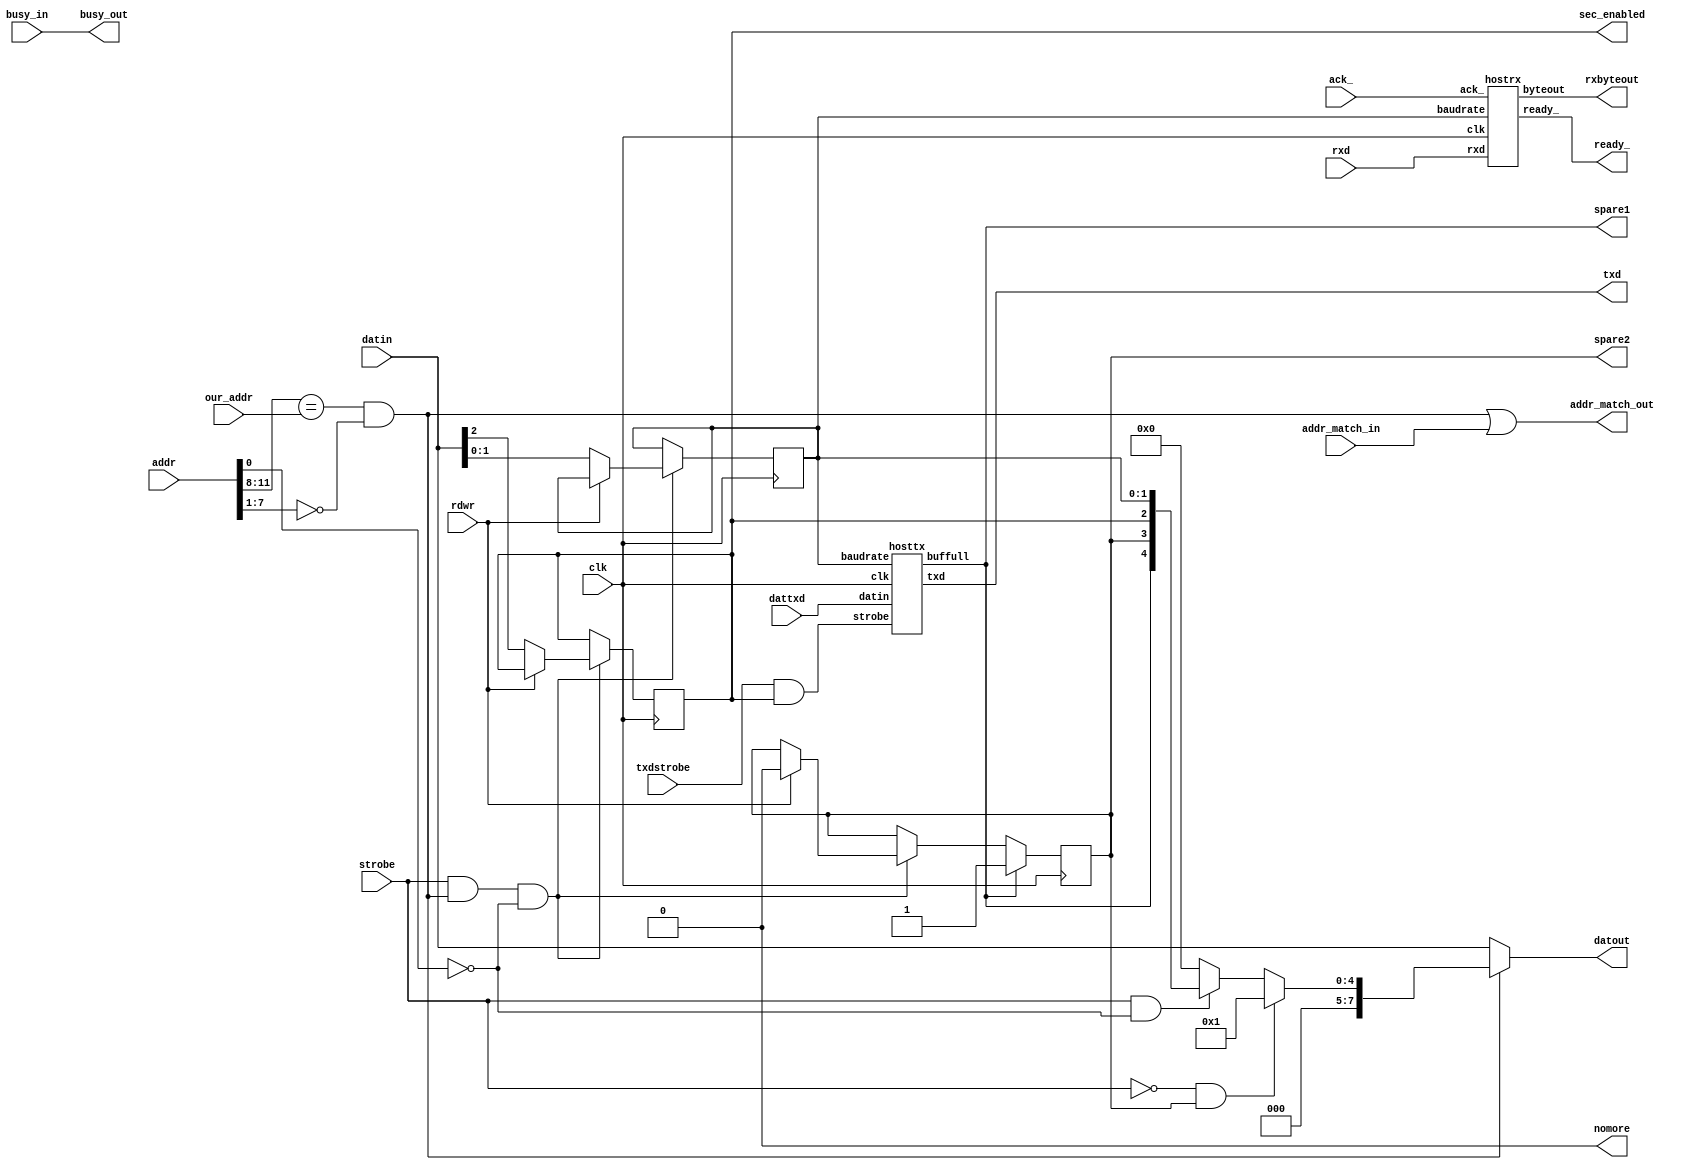
// *********************************************************
// Copyright (c) 2021 Demand Peripherals, Inc.
//
// This file is licensed separately for private and commercial
// use.  See LICENSE.txt which should have accompanied this file
// for details.  If LICENSE.txt is not available please contact
// support@demandperipherals.com to receive a copy.
//
// In general, you may use, modify, redistribute this code, and
// use any associated patent(s) as long as
// 1) the above copyright is included in all redistributions,
// 2) this notice is included in all source redistributions, and
// 3) this code or resulting binary is not sold as part of a
//    commercial product.  See LICENSE.txt for definitions.
//
// DPI PROVIDES THE SOFTWARE "AS IS," WITHOUT WARRANTIES OR
// CONDITIONS OF ANY KIND, EITHER EXPRESS OR IMPLIED, INCLUDING
// WITHOUT LIMITATION ANY WARRANTIES OR CONDITIONS OF TITLE,
// NON-INFRINGEMENT, MERCHANTABILITY, OR FITNESS FOR A PARTICULAR
// PURPOSE.  YOU ARE SOLELY RESPONSIBLE FOR DETERMINING THE
// APPROPRIATENESS OF USING OR REDISTRIBUTING THE SOFTWARE (WHERE
// ALLOWED), AND ASSUME ANY RISKS ASSOCIATED WITH YOUR EXERCISE OF
// PERMISSIONS UNDER THIS AGREEMENT.
//
// This software may be covered by US patent #10,324,889. Rights
// to use these patents is included in the license agreements.
// See LICENSE.txt for more information.
// *********************************************************


`define BAUD460800   2'b00
`define BAUD230400   2'b01
`define BAUD115200   2'b11
`define BAUD_DEFAULT 2'b11


//////////////////////////////////////////////////////////////////////////
//
//
//  Registers are
//    Addr=0    Configuration:
//              bit 2: enabled.  Default is 0, off
//              bits 1-0: baud.  00=460K,01=230K,11=115K
//
//  Notes:
//     The trsnsmit FIFO should never get full.  When it does it resets
//  the pointers and a full buffer of data is lost.
//
/////////////////////////////////////////////////////////////////////////
module hostserial(clk,rdwr,strobe,our_addr,addr,busy_in,busy_out,
       addr_match_in,addr_match_out,datin,datout,txd,rxd,spare1,spare2,
       sec_enabled,rxbyteout,ready_,ack_,txdstrobe,nomore,dattxd);
    input  clk;              // system clock
    input  rdwr;             // direction of this transfer. Read=1; Write=0
    input  strobe;           // true on full valid command
    input  [3:0] our_addr;   // high byte of our assigned address
    input  [11:0] addr;      // address of target peripheral
    input  busy_in;          // ==1 if a previous peripheral is busy
    output busy_out;         // ==our busy state if our address, pass through otherwise
    input  addr_match_in;    // ==1 if a previous peripheral claims the address
    output addr_match_out;   // ==1 if we claim the above address, pass through otherwise
    input  [7:0] datin ;     // Data INto the peripheral;
    output [7:0] datout ;    // Data OUTput from the peripheral, = datin if not us.
    // Pins on the baseboard connector
    output txd;              // serial data to the host
    input  rxd;              // serial data from the host
    output spare1;           // debug value of buffull
    output spare2;           // debug value of overflow
    // Signals to the bus interface unit
    output sec_enabled;      // set if the secondary interface is enabled
    output [7:0] rxbyteout;  // data byte into the FPGA bus interface
    output ready_;           // data ready strobe to the FPGA bus interface
    input  ack_;             // the bus interface acknowledges the new byte
    input  txdstrobe;        // pulse to write data to txd output buffer
    output nomore;           // ==1 to tell SLIP to stop sending characters
    input  [7:0] dattxd;     // Data into the txd FIFO


    wire   myaddr;           // ==1 if a correct read/write on our address
    reg    [1:0] baudrate;   // baudrate as a divider from 460K
    reg    enabled;          // set to 1 to make this the host interface
    assign sec_enabled = enabled;
    wire   buffull;          // ==1 if the tx FIFO is full
    // Uncomment the following line if you want to apply backpressue to the
    // bus when the tx FIFO is full.  You'll also need to change the test 
    // for buffull in the hosttx module.  
    // assign nomore = buffull;   // apply bus backpressure
    assign nomore = 1'b0;         // no bus backpressure
    reg    overflow;          // ==1 if the tx FIFO is about to overflow
    assign spare1 = buffull;  // used in debugging
    assign spare2 = overflow; // used in debugging

    // instantiate the receiver
    hostrx rx(clk,rxd,rxbyteout,ready_,ack_,baudrate);

    // instantiate the transmitter
    // Only take data in if we're enabled
    hosttx tx(clk,(txdstrobe & enabled),buffull,dattxd,txd,baudrate);

    initial
    begin
        baudrate = `BAUD_DEFAULT;
        enabled = 1'b0;
        overflow = 1'b0;
    end

    always @(posedge clk)
    begin
        if (strobe & myaddr & (addr[0] == 1'b0))
        begin
            if (~rdwr)
            begin
                baudrate <= datin[1:0];  // latch data on a write
                enabled <= datin[2];
            end
            else
                overflow <= 1'b0;     // clear flag on read
        end
        if (buffull)
            overflow <= 1'b1;
    end

    // Assign the outputs.
    assign myaddr = (addr[11:8] == our_addr) && (addr[7:1] == 0);
    assign datout = (~myaddr) ? datin : 
                     (~strobe & overflow) ? 8'h01 :  // Send data on tx fifo overflow
                     (strobe && (addr[0] == 0)) ? {3'h0,spare1,overflow,enabled,baudrate} :
                     8'h00;

    // Loop in-to-out where appropriate
    assign busy_out = busy_in;
    assign addr_match_out = myaddr | addr_match_in;

endmodule



// Serial receive from host
module hostrx(clk,rxd,byteout,ready_,ack_,baudrate);
    input    clk;               // system clock
    input    rxd;               // serial data from host
    output   [7:0] byteout;     // completed serial character
    output   ready_;            // active low, data at byteout is valid 
    input    ack_;              // bus interface acknowledges the new byte (low)
    input    [1:0] baudrate;    // 0=460800,1=230400,3=115200

           // Target baud rate
    reg    [1:0] smplctr;       // sets rxd sample rate based on baudrate

           // Bit state and shift register info
    reg    inxfer;              // ==1 while in a byte transfer
    reg    [2:0] bitidx;        // which bit we are receiving
    reg    [6:0] bitdly;        // interbit delay counter
    reg    [7:0] shiftbyte;     // byte as it is being received
    reg    [7:0] latchbyte;     // latched byte
    reg    rdy_;                // bit for the ready flad
    assign byteout = latchbyte;
    assign ready_ = rdy_; 

           // Low Pass Filter
           // The low pass filter looks at each input in turn (based on rdsel)
           // and accumulates a +1 if the input is high or a -1 if the input
           // is low.  The outputs are the current bit for rxd and
           // the next bit.  The inputs are examined only when smplctr is zero
           // which should be about 44 times per bit
    wire   nxtbit;     // next value of LPF output for rxd
    wire   curbit;     // current value of LPF output for rxd
    wire   enable;     // do addumulation if set
    lpf    lpfrx(clk, rxd, enable, nxtbit, curbit);
    assign enable = (smplctr == 1'b0);

    initial
    begin
        smplctr = 1'h0;
        inxfer = 1'b0;
        bitidx = 3'h0;
        bitdly = 7'h00;
        shiftbyte = 8'h00;
        latchbyte = 8'h00;
        rdy_ = 1'b1;
    end

    always @(posedge clk)
    begin
        // We want to sample the inputs at a rate that is set by the
        // baudrate.  At 460K we sample one input on every sysclk.  
        // At 230K, every two sysclk.  The down counter smplctr is
        // is decremented to zero and then reloaded from baudrate
        if (smplctr != 3'h0)
        begin
            smplctr <= smplctr - 2'h1;
        end
        else
        begin
            smplctr <= baudrate;   // reset the sample down counter

            // Check for start bit in idle input port
            if ((inxfer == 1'b0) && (nxtbit == 1'b0) && (curbit == 1'b1))
            begin
                inxfer <= 1'b1;
                bitdly <= 7'd76;   // (42 + 34) one and three-quarters of a bit
            end
            // else process input if we are already in an xfer
            if (inxfer == 1'b1)
            begin
                // decrement the bit delay counter and reload it if needed
                if (bitdly == 7'h00)
                begin
                    // it is at this point that we write the current bit
                    // and go to the next bit
                    bitdly <= 7'd42;
                    bitidx <= bitidx + 3'h1;  // go to next bit
                    shiftbyte <= (shiftbyte >> 1) | {curbit,7'h00};
                    if (bitidx == 3'h7)              // done with char?
                    begin
                        // Done with this char. update ready flag
                        latchbyte <= (shiftbyte >> 1) | {curbit,7'h00};
                        inxfer <= 1'b0;
                        rdy_ <= 1'b0;
                    end
                end
                else
                begin
                    bitdly <= bitdly - 1;
                end
            end
        end

        // clear ready_ flag on ack
        if ((rdy_ == 0) && (ack_ == 0))
            rdy_ <= 1;
    end

endmodule


//
// Low Pass Filter.
// Accumulate a +1 if input[insel] is one and -1 if zero.  Saturate at
// values of 15 and 0.  We use hysteresis as part of the noise rejection.
// A zero bit must reach a value of 12 before it is switched to a one bit,
// and a one bit must get down to 3 to be declared a zero bit.
// We do this accumulation about 44 times per baud bit.
module lpf(clk, rxd, enable, nxtbit, curbit);
    input    clk;                           // system clock
    input    rxd;                           // input Rx lines
    input    enable;                        // do accumulation if set
    output   nxtbit;                        // new value of LPF output for bit
    output   curbit;                        // old value of LPF output for bit

    reg      [3:0] accum;                   // accumulator
    reg      current;                       // Current bit value
    wire     next;                          // the next value of the bit

    initial
    begin
        accum = 4'h0;
        current  = 1'b0;
    end

    always@(posedge clk)
    begin
        if (enable)
        begin
            current <= next;

            // if input line is a zero and not zero saturated
            if ((rxd == 1'b0) && (accum != 4'h0))
                accum <= accum - 1;
            // if input line is a one and we're not saturated
            if ((rxd == 1'b1) && (accum != 4'hf))
                accum <= accum + 1;
        end
    end

    // The next bit is one if the accumulator is 12 or above,
    // is zero if the accumulator is 3 or below, and is not
    // changed if between 4 and 11
    assign next = (accum >= 4'd12) ? 1'b1 :
                  (accum <= 4'd3) ? 1'b0 :
                  current;

    assign nxtbit = next;
    assign curbit = current;

endmodule



        // Log Base 2 of the output buffer size
`define LB2BUFSZ   10


// Serial transmit to the host
module hosttx(clk,strobe,buffull,datin,txd,baudrate);
    input  clk;              // system clock
    input  strobe;           // true on full valid command
    output buffull;          // ==1 if FIFO can not take more characters
    input  [7:0] datin ;     // Data toward the host
    output txd;              // output line
    input  [1:0] baudrate;   // divider of 460K to get bit rate

           //   baud rate generator and divider
    reg    [1:0] baudcount;  // counter to divide the 461k clock down
    wire   baudclk;
    baud461k b1(clk, baudclk);


           //  FIFO control lines
    reg    [`LB2BUFSZ-1:0] watx; // FIFO write address for Tx
    reg    [`LB2BUFSZ-1:0] ratx; // FIFO read address for Tx
    wire   bufempty;   // ==1 if there are no characters to send
    assign buffull = ((watx + `LB2BUFSZ'h01) == ratx) ? 1'b1 : 1'b0 ;
    assign bufempty = (watx == ratx) ? 1'b1 : 1'b0 ;
           // latch the buff empty status at start of each Tx byte
    reg    emptylatch;

           // RAM control lines
    wire   we;                    // RAM write strobe for Tx
    wire   [`LB2BUFSZ-1:0] wa;     // bit write address (`LB2BUFSZ bytes per port)
    wire   [`LB2BUFSZ-1:0] ra;     // bit read address
    wire   [7:0] rd;              // registered read data from RAM
    dpram  memtx(clk, we, wa, datin, ra, rd);
           // write when (our address) and (not config register) and (selected 
           // port is not full)
    assign we = (strobe & (buffull == 0));
           // write address is port number in high two bits and port's FIFO
           // write address in the lower bits
    assign wa = watx;
           // read address is port number from rdsel and the FIFO read address
    assign ra = ratx;

           // Serial bit shifting
           // baudflag is set on each baudclk.  It starts the port counter rdsel
    reg    baudflag;
           // Bit multiplexer to select start bit, stop bits, or data bits
    reg    [3:0] bitreg;     // shift counters to set which bit is on output Tx line
           // state of the Tx lines
    reg    sendbit;
    assign txd = sendbit;


    initial
    begin
        watx = `LB2BUFSZ'h000;
        ratx = `LB2BUFSZ'h000;
        bitreg = 1'h0;
        baudcount = 2'h0;
    end

    always @(posedge clk)
    begin
        // Pick which of the following two lines based on how you
        // want a full buffer to be handled.  If you test for buffull
        // you will apply back pressure onto the bus and chaos will
        // follow.  If you don't test for buffull the buffer will wrap,
        // you'll lose a buffer full of data, and chaos will follow.
        if (strobe)                  // latch data on a write
        //if (strobe && (~buffull))  // latch data on a write
        begin
            watx <= watx + `LB2BUFSZ'h01;
        end

        if (baudclk)
        begin
            // divide baudclk by bauddiv and set flag to start new bit output
            if (baudcount == 0)
            begin
                baudflag <= 1'b1;
                baudcount <= baudrate;
                // Increment bitreg if not the last bit.
                // 10 bits (0-9) if 1 stop bit.  More if more stop bits
                if (bitreg == 4'd10)
                begin
                    bitreg <= 4'h0;
                    emptylatch <= bufempty;
                end
                else // not last bit to send
                    bitreg <= bitreg + 4'h1;
            end
            else
                baudcount <= baudcount - 4'h1;
        end
        if (baudflag)
        begin
            // reset baudflag
            baudflag <= 1'b0;

            // Latch the serial bit from RAM on the second (of two) 
            // states of rdsel.
            if (~emptylatch)
            begin
                sendbit <= 
                    (bitreg == 0) ? 1'b0 :
                    (bitreg == 1) ? rd[0] :
                    (bitreg == 2) ? rd[1] :
                    (bitreg == 3) ? rd[2] :
                    (bitreg == 4) ? rd[3] :
                    (bitreg == 5) ? rd[4] :
                    (bitreg == 6) ? rd[5] :
                    (bitreg == 7) ? rd[6] :
                    (bitreg == 8) ? rd[7] :
                    (bitreg == 9) ? 1'b1 :
                    (bitreg == 10) ? 1'b1 :
                    (bitreg == 11) ? 1'b1 :
                    (bitreg == 12) ? 1'b1 :
                    (bitreg == 13) ? 1'b1 :
                    (bitreg == 14) ? 1'b1 : 1'b1;

                // We are at the bit transition of the port specified by the
                // high bits of rdsel.  If this the last bit to send then
                // increment the read index to the next location in the FIFO.
                // 10 bits (0-9) if 1 stop bit.  More if more stop bits
                if (bitreg == 4'd10)
                begin
                    ratx <= ratx + `LB2BUFSZ'h01;
                end
            end
        end
    end
endmodule


// baud461k
// This module generates a 460800 Hertz clock with an error of less
// 0.2 percent.  
module baud461k(clk, baudout);
    input  clk;              // system clock (20 MHz)
    output baudout;          // a clk wide pulse 461k times per second

    //  460800 is between 43 and 44 50ns clocks.  We use a phase accumulator to
    //  delay 43 or 44 clocks depending on the accumulated phase.  We accumulate
    //  50 ns of phase on each 20 MHz clock.  The period jumps between 2150 and
    //  2200 nanoseconds.  The number of bits in the accumulator sets the average
    //  error.  We use 8 bits and error on the slow side by 0.23 percent.  The
    //  following table shows the average baud period.  Ideal is 2170ns.
    //  BITS, TESTBIT, INITIAL, DECREMENT, PERIOD(ns)
    //    13,      12,    2120,        50,    2169.99
    //    12,      11,    1060,        25,    2169.99
    //    11,      10,     509,        12,    2170.82
    //    10,       9,     255,         6,    2175.00
    //     9,       8,     127,         3,    2166.67
    //     8,       7,      85,         2,    2175.00

    reg    [7:0] phacc;     // phase accumulator
    reg    baudreg;

    initial
    begin
        phacc = 0;
    end

    always @(posedge clk)
    begin
        if (phacc[7] == 1)          // TESTBIT
        begin
            phacc <= phacc + 8'd85; // INITIAL
            baudreg <= 1;
        end
        else
        begin
            phacc <= phacc - 2;     // DECREMENT
            baudreg <= 0;
        end
    end

    assign baudout = baudreg;

endmodule


//
// Dual-Port RAM with synchronous Read
//
module dpram(clk,we,wa,wd,ra,rd);
    parameter LOGNPORT = 3;
    input    clk;                           // system clock
    input    we;                            // write strobe
    input    [`LB2BUFSZ-1:0] wa;            // write address
    input    [7:0] wd;                      // write data
    input    [`LB2BUFSZ-1:0] ra;            // read address
    output   [7:0] rd;                      // read data

    reg      [7:0] rdreg;
    reg      [7:0] ram [2047:0];

    always@(posedge clk)
    begin
        if (we)
            ram[wa] <= wd;
        rdreg <= ram[ra];
    end

    assign rd = rdreg;

endmodule